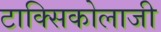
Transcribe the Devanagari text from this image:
टाक्सिकोलाजी